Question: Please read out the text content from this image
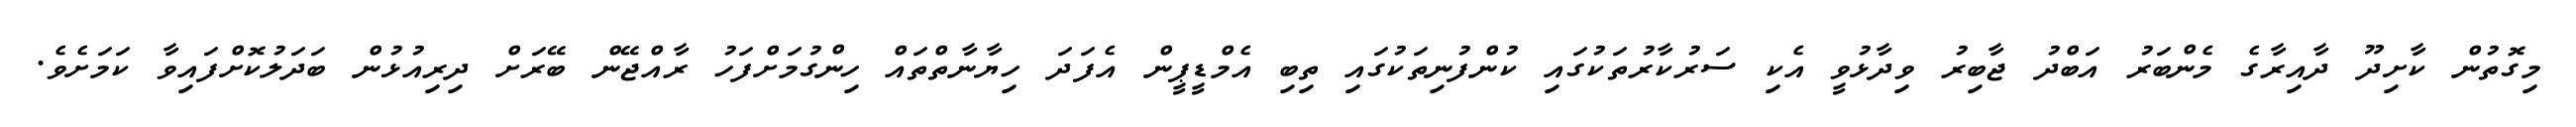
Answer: މިގޮތުން ކާށިދޫ ދާއިރާގެ މެންބަރު އަބްދު ޖާބިރު ވިދާޅުވީ އެކި ސަރުކާރުތަކުގައި ކުންފުނިތަކުގައި ތިބި އެމްޑީޕީން އެފަދަ ހިޔާނާތްތައް ހިންގުމަށްފަހު ރާއްޖޭން ބޭރަށް ދިރިއުޅުން ބަދަލުކޮށްފައިވާ ކަމަށެވެ.